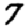
Digit: 7